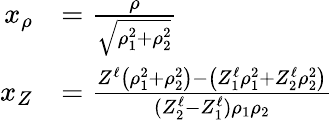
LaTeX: \begin{array}{rl}{x_{\rho}}&{=\frac{\rho}{\sqrt{\rho_{1}^{2}+\rho_{2}^{2}}}}\\ {x_{Z}}&{=\frac{Z^{\ell}\left(\rho_{1}^{2}+\rho_{2}^{2}\right)-\left(Z_{1}^{\ell}\rho_{1}^{2}+Z_{2}^{\ell}\rho_{2}^{2}\right)}{(Z_{2}^{\ell}-Z_{1}^{\ell})\rho_{1}\rho_{2}}}\end{array}